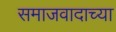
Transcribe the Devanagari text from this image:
समाजवादाच्या